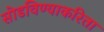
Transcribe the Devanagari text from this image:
सोडविण्याकरिता